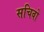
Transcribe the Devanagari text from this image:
सचिवो